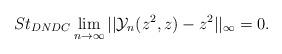
LaTeX: \begin{align*} St_{DNDC}\lim_{n\rightarrow \infty}||\mathcal{Y}_{n}(z^{2},z)-z^{2}||_{\infty}=0.\\ \end{align*}